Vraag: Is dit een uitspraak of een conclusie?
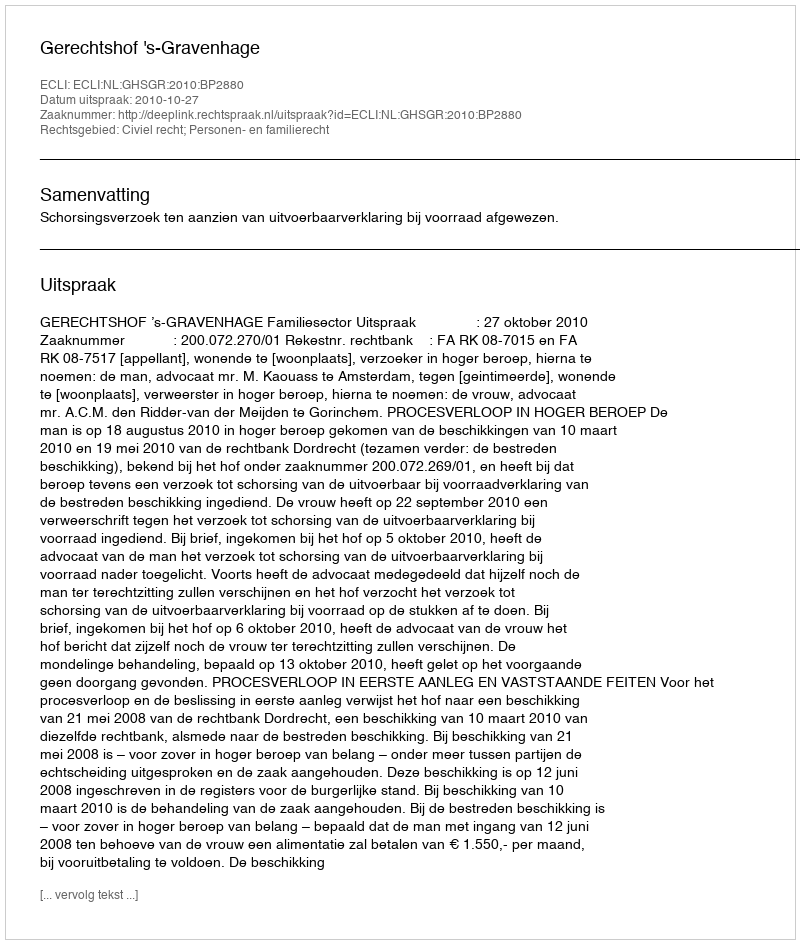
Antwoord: Uitspraak